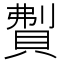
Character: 𬥚